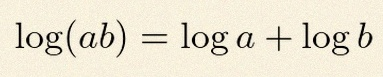
\log(ab)=\log a+\log b